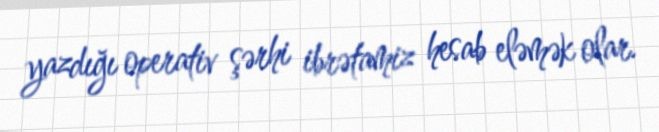
yazdığı operativ şərhi ibrətamiz hesab eləmək olar.